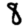
Digit: 8